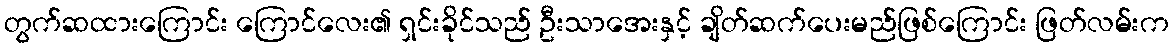
တွက်ဆထားကြောင်း ကြောင်လေး၏ ရှင်းခိုင်သည် ဦးသာအေးနှင့် ချိတ်ဆက်ပေးမည်ဖြစ်ကြောင်း ဖြတ်လမ်းက